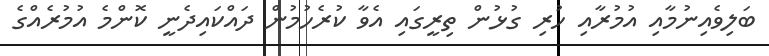
ބަލިވެއިނުމާއި އުމުރާއި ހުރި ގުޅުން ތިރީގައި އެވާ ކުރެހުމުން ދައްކައިދެނީ ކޮންމެ އުމުރެއްގެ